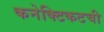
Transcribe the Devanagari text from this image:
कनेक्टिकटची